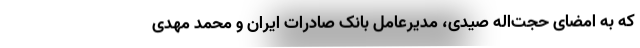
که به امضای حجت‌اله صیدی، مدیرعامل بانک صادرات ایران و محمد مهدی